Scientific memoirs by medical officers of the Army of India - Part XII,
Year: 1901
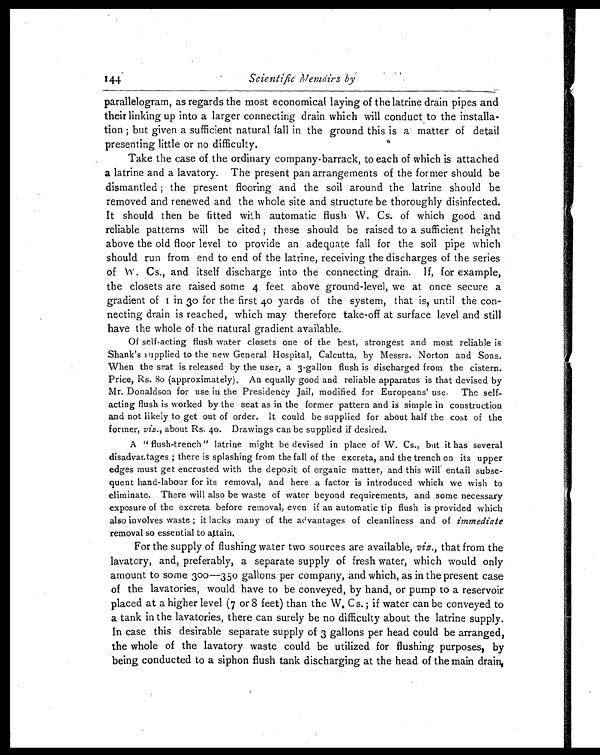
1 4 4
S c i e n t i f i c M e m o i r s b y
parallelogram, as regards the most economical laying of the latrine drain pipes and
their linking up into a larger connecting drain which will conduct to the installa--
tion; but given a sufficient natural fall in the ground this is a matter of detail
presenting little or no difficulty.
Take the case of the ordinary company-barrack, to each of which is attached
a latrine and a lavatory. The present pan arrangements of the former should be
dismantled; the present flooring and the soil around the latrine should be
removed and renewed and the whole site and structure be thoroughly disinfected.
It should then be fitted with automatic flush W. Cs. of which good and
reliable patterns will be cited; these should be raised to a sufficient height
above the old floor level to provide an adequate fall for the soil pipe which
should run from end to end of the latrine, receiving the discharges of the series
of W. Cs., and itself discharge into the con- necting drain. If, for example,
the closets are raised some 4 feet above ground-level, we at once secure a
gr adi ent of 1 i n 30 f or t he f i r s t 40 yar ds of t he s ys t em, t hat i s , unt i l t he con
necting drain is reached, which may therefore take-off at surface level and still
have the whole of. the natural gradient available.
Of self-acting flush water closets one of the best, strongest and most reliable is
Shank's supplied to the new General Hospital, Calcutta, by Messrs. Norton and Sons.
When the seat is released by the user, a 3-gallon flush is discharged from the cistern.
Price, Rs. 80 (approximately). An equally good and reliable apparatus is that devised by
Mr. Donaldson for use in the Presidency Jail, modified for Europeans' use. The self-
acting flush is worked by the seat as in the former pattern and is simple in construction
and not likely to get out of order. It could be supplied for about half the cost of the
former, viz., about Rs, 40. Drawings can be supplied if desired.
A "flush-trench" latrine might be devised in place of W. Cs., but it has several
disadvantages; there is splashing from the fall of the excreta, and the trench on its upper
edges must get encrusted with the deposit of organic matter, and this will entail subse--
quent hand-labour for its removal, and here a factor is introduced which we wish to
eliminate. There will also be waste of water beyond requirements, and some necessary
exposure of the excreta before removal, even if an automatic tip flush is provided which
also involves waste; it lacks many of the advantages of cleanliness and of immediate
removal so essential to attain.
For the supply of flushing water two sources are available, viz. , that from the
lavatory, and, preferably, a separate supply of fresh water, which would only
amount to some 300—350 gallons per company, and which, as in the present case
of the lavatories, would have to be conveyed, by hand, or pump to a reservoir
placed at a higher level (7 or 8 feet) than the W. C s.; if water can be conveyed to
a tank in the lavatories, there can surely be no difficulty about the latrine supply.
In case this desirable separate supply of 3 gallons per head could be arranged,
the whole of the lavatory waste could be utilized for flushing purposes, by
being conducted to a siphon flush tank discharging at the head of the main drain,